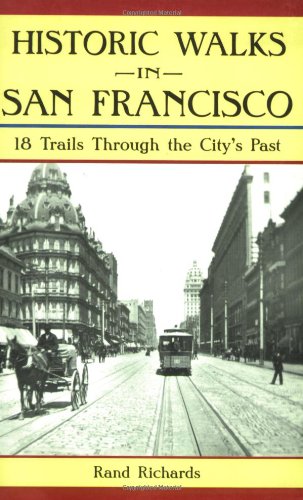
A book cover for Historic Walks in San Francisco: 18 Trails Through the City's Past; Rand Richards; Travel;